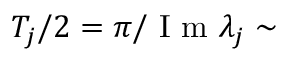
T _ { j } / 2 = \pi / \mathrm { ~ I ~ m ~ } \lambda _ { j } \sim